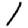
Digit: 1